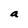
Character: a